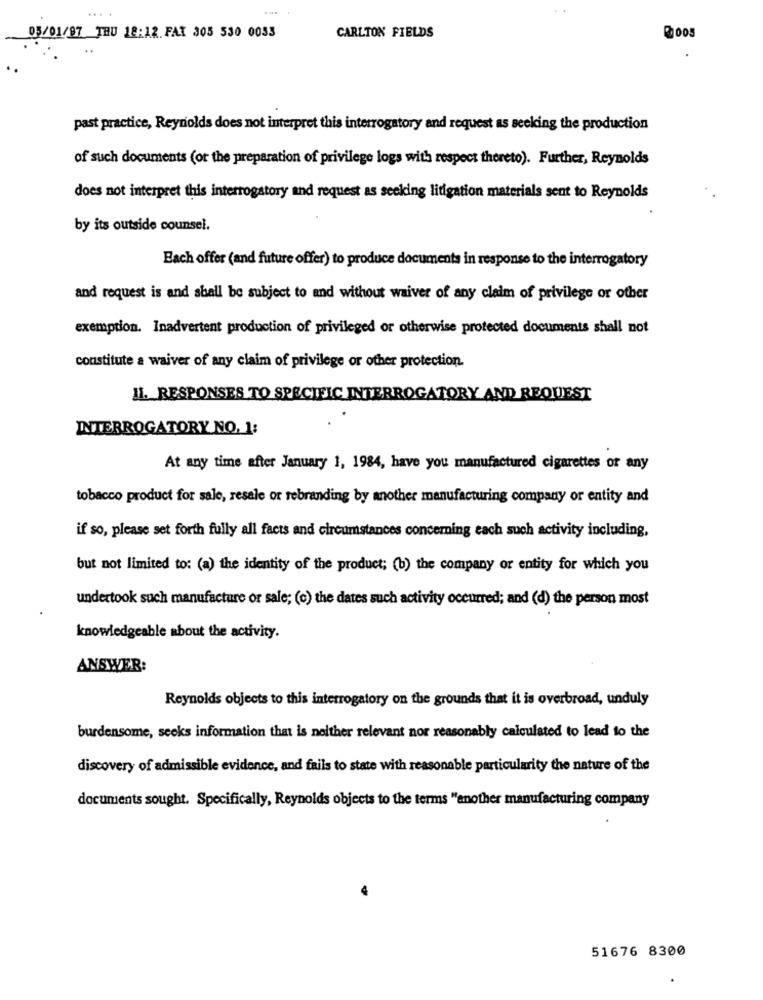
....
CARLTON FIELDS
05/01/97 THU 18:12 FAT 305 530 0033
past practice, Reynolds does not interpret this interrogatory and request as seeking the production
of such documents (or the preparation of privilege logs with respect thereto). Further, Reynolds
does not interpret this interrogatory and request as seeking litigation materials sent to Reynolds
by its outside counsel.
Each offer (and future offer) to produce documents in response to the interrogatory
and request is and shall be subject to and without waiver of any claim of privilege or other
exemption. Inadvertent production of privileged or otherwise protected documents shall not
constitute a waiver of any claim of privilege or other protection.
II. RESPONSES TO SPECIFIC INTERROGATORY AND REQUEST
INTERROGATORY NO. 1:
At any time after January 1, 1984, have you manufactured cigarettes or any
tobacco product for sale, resale or rebranding by another manufacturing company or entity and
if so, please set forth fully all facts and circumstances concerning each such activity including,
but not limited to: (a) the identity of the product; (b) the company or entity for which you
undertook such manufacture or sale; (c) the dates such activity occurred; and (d) the person most
knowledgeable about the activity.
ANSWER:
Reynolds objects to this interrogatory on the grounds that it is overbroad, unduly
burdensome, seeks information that is neither relevant nor reasonably calculated to lead to the
discovery of admissible evidence, and fails to state with reasonable particularity the nature of the
documents sought. Specifically, Reynolds objects to the terms "another manufacturing company
51676 8300